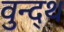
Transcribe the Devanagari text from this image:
वुन्द्थ